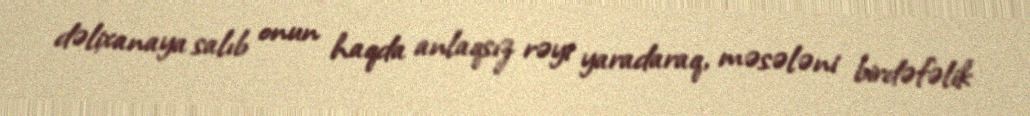
dəlixanaya salıb onun haqda anlaqsız rəyi yaradaraq, məsələni birdəfəlik